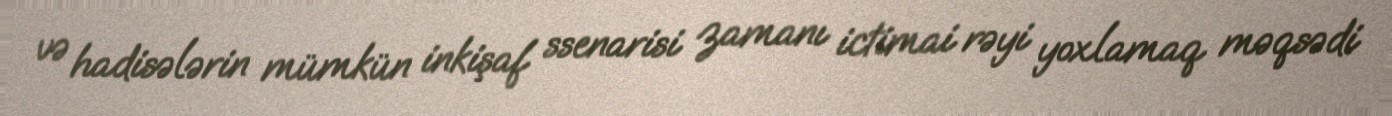
və hadisələrin mümkün inkişaf ssenarisi zamanı ictimai rəyi yoxlamaq məqsədi